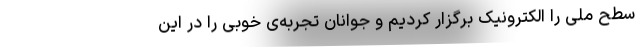
سطح ملی را الکترونیک برگزار کردیم و جوانان تجربه‌ی خوبی را در این